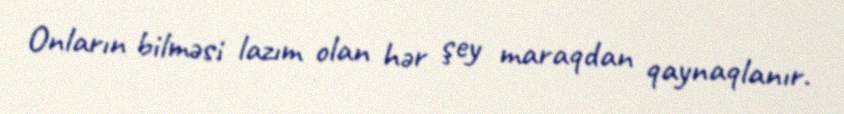
Onların bilməsi lazım olan hər şey maraqdan qaynaqlanır.